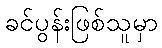
ခင်ပွန်းဖြစ်သူမှာ